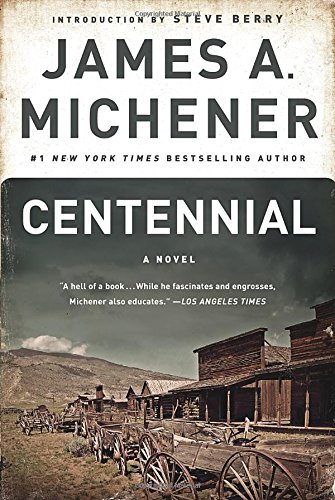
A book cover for Centennial: A Novel; James A. Michener; Literature & Fiction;